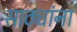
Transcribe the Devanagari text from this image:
साठ्यांना